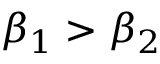
\beta _ { 1 } > \beta _ { 2 }